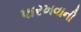
પારખવાની